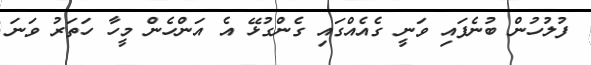
ފުލުހުން ބުނެފައި ވަނީ ގެއެއްގައި ގެންގުޅޭ އެ އަންހެން މީހާ ހަތަރު ވަނަ